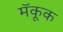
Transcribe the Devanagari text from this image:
मॅकूक